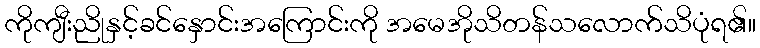
ကိုကျီးညိုနှင့်ခင်နှောင်းအကြောင်းကို အမေအိုသိတန်သလောက်သိပုံရ၏။